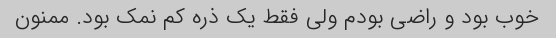
خوب بود و راضی بودم ولی فقط یک ذره کم نمک بود. ممنون